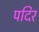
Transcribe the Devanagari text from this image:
पदिर